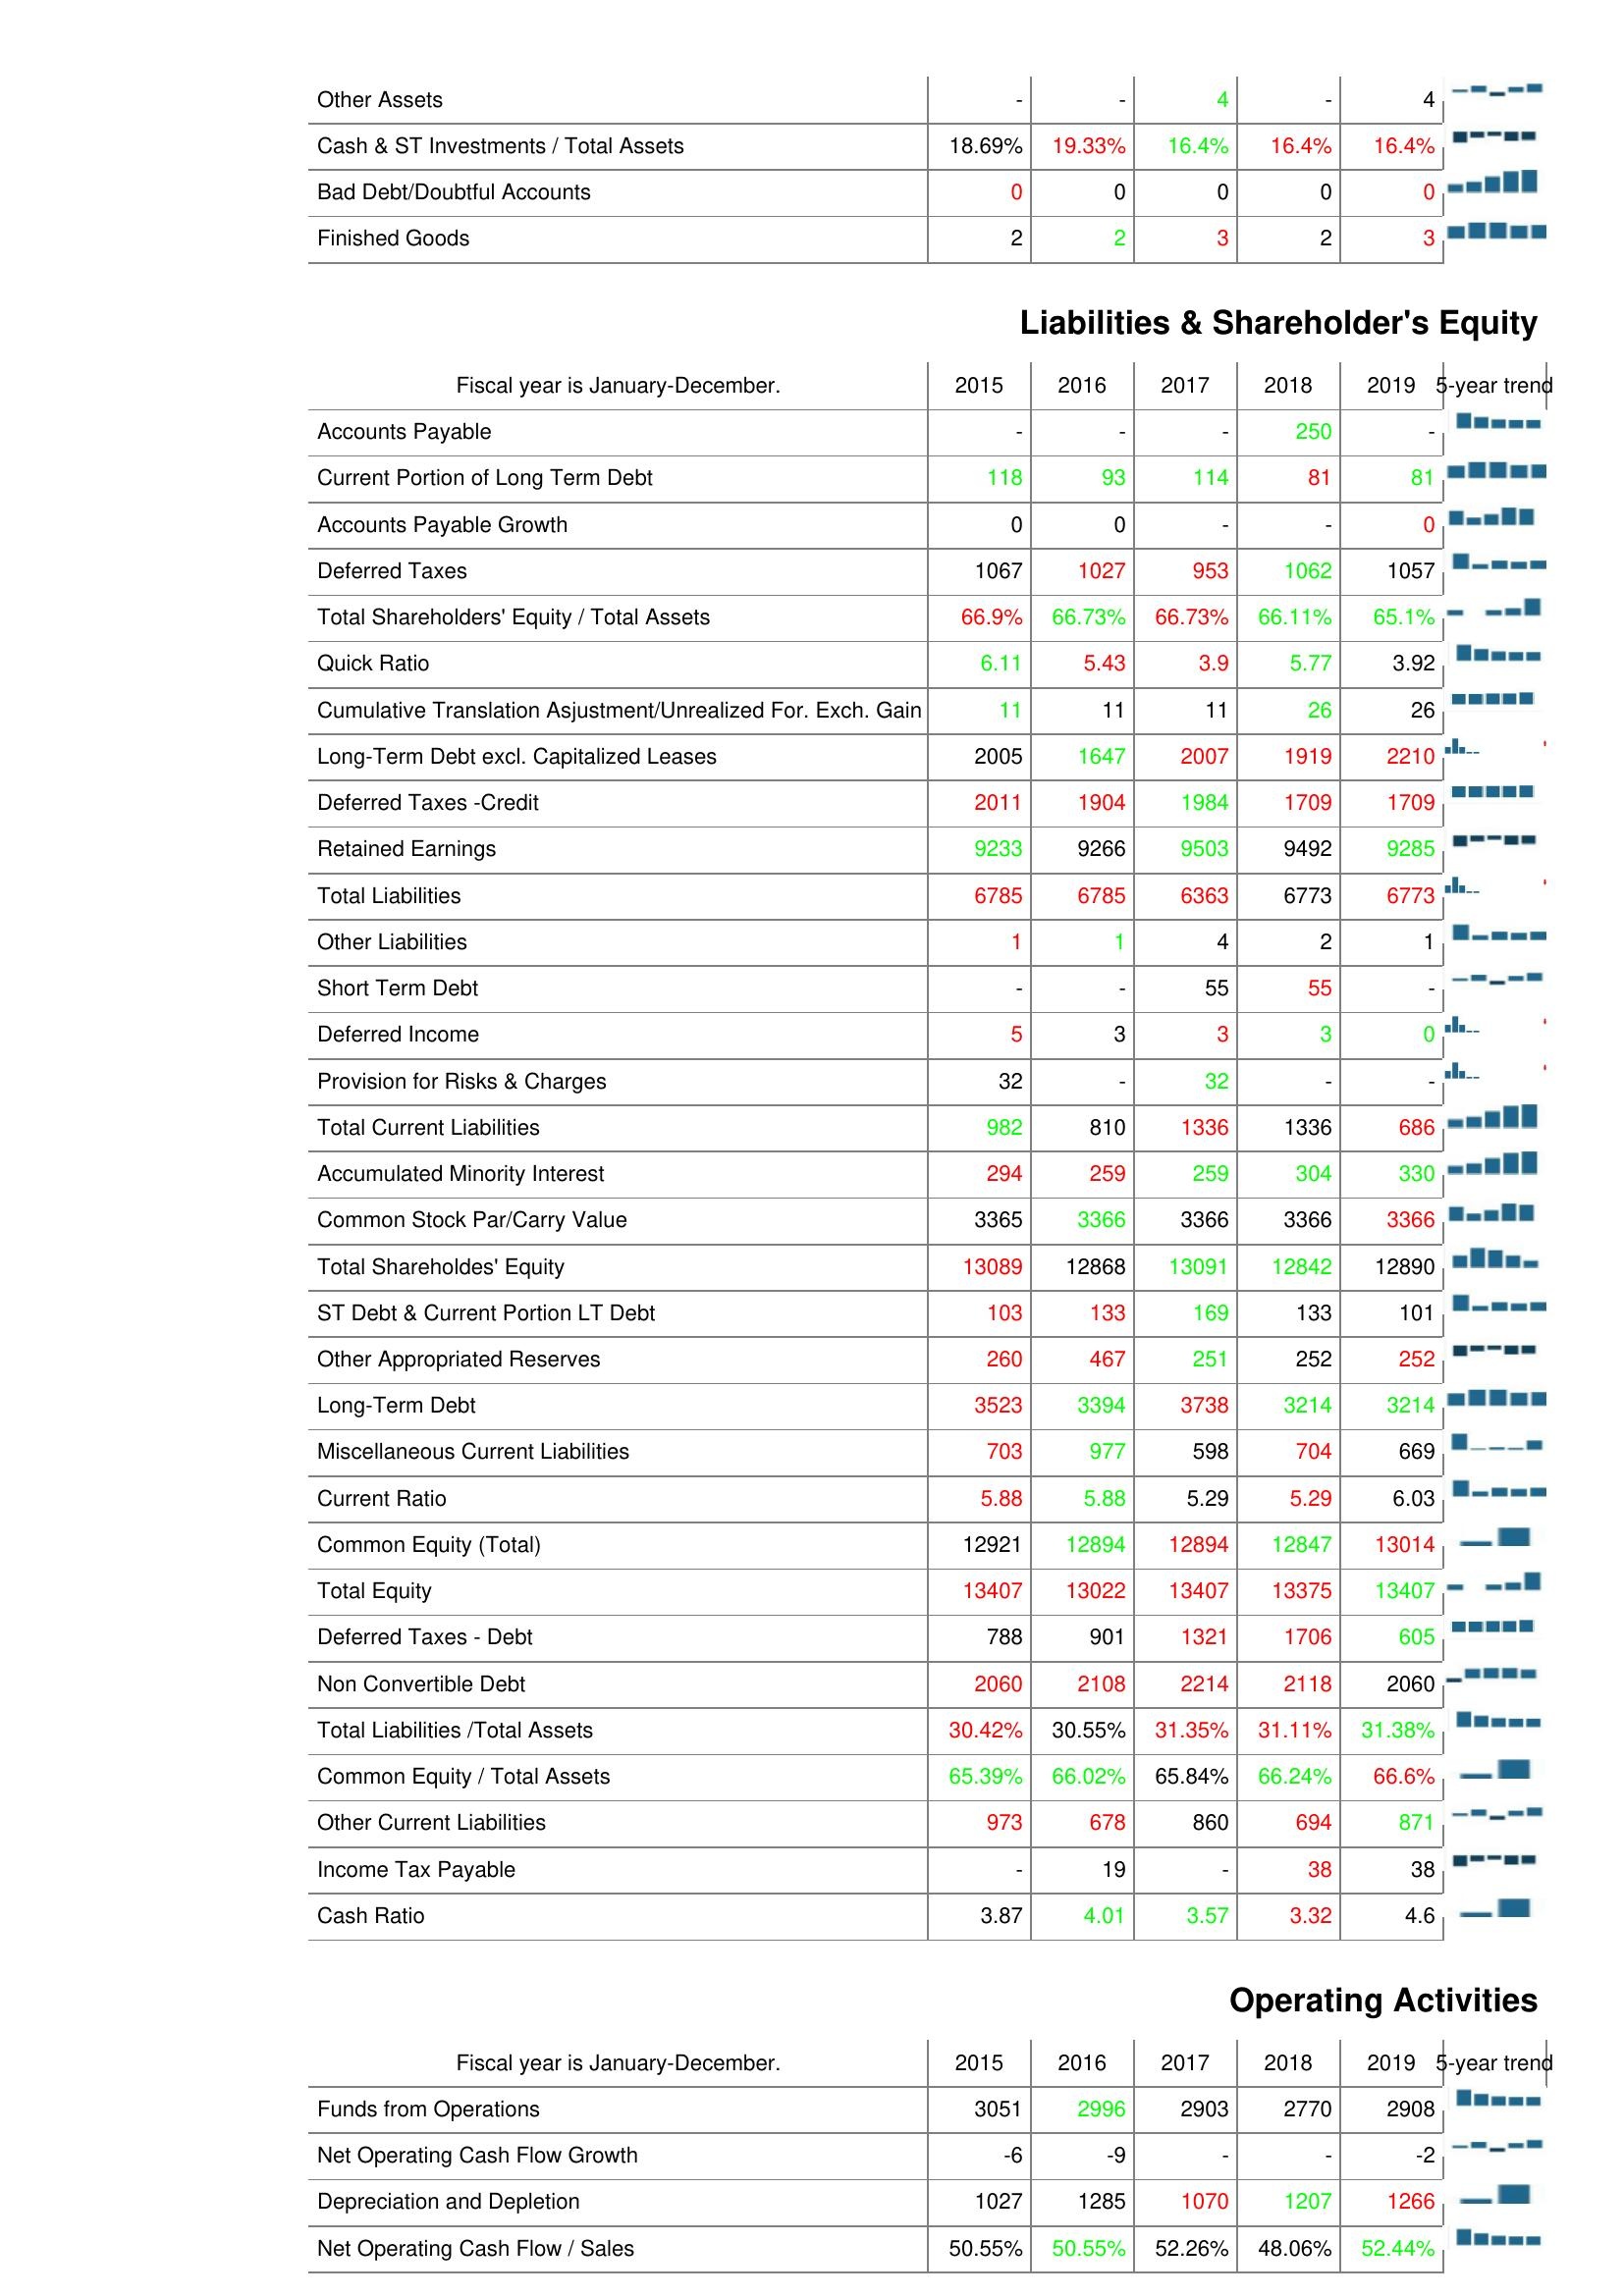
2015: Assets: Other Assets: -
Cash & ST Investments / Total Assets: 18.69%
Bad Debt/Doubtful Accounts: 0
Finished Goods: 2
Liabilities & Shareholder's Equity: Accounts Payable: -
Current Portion of Long Term Debt: 118
Accounts Payable Growth: 0
Deferred Taxes: 1067
Total Shareholders' Equity / Total Assets: 66.9%
Quick Ratio: 6.11
Cumulative Translation Asjustment/Unrealized For. Exch. Gain: 11
Long-Term Debt excl. Capitalized Leases: 2005
Deferred Taxes -Credit: 2011
Retained Earnings: 9233
Total Liabilities: 6785
Other Liabilities: 1
Short Term Debt: -
Deferred Income: 5
Provision for Risks & Charges: 32
Total Current Liabilities: 982
Accumulated Minority Interest: 294
Common Stock Par/Carry Value: 3365
Total Shareholdes' Equity: 13089
ST Debt & Current Portion LT Debt: 103
Other Appropriated Reserves: 260
Long-Term Debt: 3523
Miscellaneous Current Liabilities: 703
Current Ratio: 5.88
Common Equity (Total): 12921
Total Equity: 13407
Deferred Taxes - Debt: 788
Non Convertible Debt: 2060
Total Liabilities /Total Assets: 30.42%
Common Equity / Total Assets: 65.39%
Other Current Liabilities: 973
Income Tax Payable: -
Cash Ratio: 3.87
Operating Activities: Funds from Operations: 3051
Net Operating Cash Flow Growth: -6
Depreciation and Depletion: 1027
Net Operating Cash Flow / Sales: 50.55%
2016: Assets: Other Assets: -
Cash & ST Investments / Total Assets: 19.33%
Bad Debt/Doubtful Accounts: 0
Finished Goods: 2
Liabilities & Shareholder's Equity: Accounts Payable: -
Current Portion of Long Term Debt: 93
Accounts Payable Growth: 0
Deferred Taxes: 1027
Total Shareholders' Equity / Total Assets: 66.73%
Quick Ratio: 5.43
Cumulative Translation Asjustment/Unrealized For. Exch. Gain: 11
Long-Term Debt excl. Capitalized Leases: 1647
Deferred Taxes -Credit: 1904
Retained Earnings: 9266
Total Liabilities: 6785
Other Liabilities: 1
Short Term Debt: -
Deferred Income: 3
Provision for Risks & Charges: -
Total Current Liabilities: 810
Accumulated Minority Interest: 259
Common Stock Par/Carry Value: 3366
Total Shareholdes' Equity: 12868
ST Debt & Current Portion LT Debt: 133
Other Appropriated Reserves: 467
Long-Term Debt: 3394
Miscellaneous Current Liabilities: 977
Current Ratio: 5.88
Common Equity (Total): 12894
Total Equity: 13022
Deferred Taxes - Debt: 901
Non Convertible Debt: 2108
Total Liabilities /Total Assets: 30.55%
Common Equity / Total Assets: 66.02%
Other Current Liabilities: 678
Income Tax Payable: 19
Cash Ratio: 4.01
Operating Activities: Funds from Operations: 2996
Net Operating Cash Flow Growth: -9
Depreciation and Depletion: 1285
Net Operating Cash Flow / Sales: 50.55%
2017: Assets: Other Assets: 4
Cash & ST Investments / Total Assets: 16.4%
Bad Debt/Doubtful Accounts: 0
Finished Goods: 3
Liabilities & Shareholder's Equity: Accounts Payable: -
Current Portion of Long Term Debt: 114
Accounts Payable Growth: -
Deferred Taxes: 953
Total Shareholders' Equity / Total Assets: 66.73%
Quick Ratio: 3.9
Cumulative Translation Asjustment/Unrealized For. Exch. Gain: 11
Long-Term Debt excl. Capitalized Leases: 2007
Deferred Taxes -Credit: 1984
Retained Earnings: 9503
Total Liabilities: 6363
Other Liabilities: 4
Short Term Debt: 55
Deferred Income: 3
Provision for Risks & Charges: 32
Total Current Liabilities: 1336
Accumulated Minority Interest: 259
Common Stock Par/Carry Value: 3366
Total Shareholdes' Equity: 13091
ST Debt & Current Portion LT Debt: 169
Other Appropriated Reserves: 251
Long-Term Debt: 3738
Miscellaneous Current Liabilities: 598
Current Ratio: 5.29
Common Equity (Total): 12894
Total Equity: 13407
Deferred Taxes - Debt: 1321
Non Convertible Debt: 2214
Total Liabilities /Total Assets: 31.35%
Common Equity / Total Assets: 65.84%
Other Current Liabilities: 860
Income Tax Payable: -
Cash Ratio: 3.57
Operating Activities: Funds from Operations: 2903
Net Operating Cash Flow Growth: -
Depreciation and Depletion: 1070
Net Operating Cash Flow / Sales: 52.26%
2018: Assets: Other Assets: -
Cash & ST Investments / Total Assets: 16.4%
Bad Debt/Doubtful Accounts: 0
Finished Goods: 2
Liabilities & Shareholder's Equity: Accounts Payable: 250
Current Portion of Long Term Debt: 81
Accounts Payable Growth: -
Deferred Taxes: 1062
Total Shareholders' Equity / Total Assets: 66.11%
Quick Ratio: 5.77
Cumulative Translation Asjustment/Unrealized For. Exch. Gain: 26
Long-Term Debt excl. Capitalized Leases: 1919
Deferred Taxes -Credit: 1709
Retained Earnings: 9492
Total Liabilities: 6773
Other Liabilities: 2
Short Term Debt: 55
Deferred Income: 3
Provision for Risks & Charges: -
Total Current Liabilities: 1336
Accumulated Minority Interest: 304
Common Stock Par/Carry Value: 3366
Total Shareholdes' Equity: 12842
ST Debt & Current Portion LT Debt: 133
Other Appropriated Reserves: 252
Long-Term Debt: 3214
Miscellaneous Current Liabilities: 704
Current Ratio: 5.29
Common Equity (Total): 12847
Total Equity: 13375
Deferred Taxes - Debt: 1706
Non Convertible Debt: 2118
Total Liabilities /Total Assets: 31.11%
Common Equity / Total Assets: 66.24%
Other Current Liabilities: 694
Income Tax Payable: 38
Cash Ratio: 3.32
Operating Activities: Funds from Operations: 2770
Net Operating Cash Flow Growth: -
Depreciation and Depletion: 1207
Net Operating Cash Flow / Sales: 48.06%
2019: Assets: Other Assets: 4
Cash & ST Investments / Total Assets: 16.4%
Bad Debt/Doubtful Accounts: 0
Finished Goods: 3
Liabilities & Shareholder's Equity: Accounts Payable: -
Current Portion of Long Term Debt: 81
Accounts Payable Growth: 0
Deferred Taxes: 1057
Total Shareholders' Equity / Total Assets: 65.1%
Quick Ratio: 3.92
Cumulative Translation Asjustment/Unrealized For. Exch. Gain: 26
Long-Term Debt excl. Capitalized Leases: 2210
Deferred Taxes -Credit: 1709
Retained Earnings: 9285
Total Liabilities: 6773
Other Liabilities: 1
Short Term Debt: -
Deferred Income: 0
Provision for Risks & Charges: -
Total Current Liabilities: 686
Accumulated Minority Interest: 330
Common Stock Par/Carry Value: 3366
Total Shareholdes' Equity: 12890
ST Debt & Current Portion LT Debt: 101
Other Appropriated Reserves: 252
Long-Term Debt: 3214
Miscellaneous Current Liabilities: 669
Current Ratio: 6.03
Common Equity (Total): 13014
Total Equity: 13407
Deferred Taxes - Debt: 605
Non Convertible Debt: 2060
Total Liabilities /Total Assets: 31.38%
Common Equity / Total Assets: 66.6%
Other Current Liabilities: 871
Income Tax Payable: 38
Cash Ratio: 4.6
Operating Activities: Funds from Operations: 2908
Net Operating Cash Flow Growth: -2
Depreciation and Depletion: 1266
Net Operating Cash Flow / Sales: 52.44%